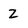
Character: Z